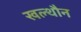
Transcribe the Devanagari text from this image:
खल्थौन